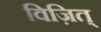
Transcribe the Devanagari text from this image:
विज़ित्